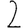
Digit: 2